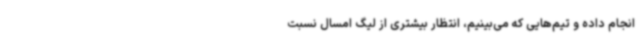
انجام داده و تیم‌هایی که می‌بینیم، انتظار بیشتری از لیگ امسال نسبت